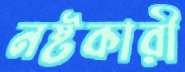
নষ্টকারী